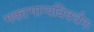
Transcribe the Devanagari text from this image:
भक्‍तभाग्यविवर्धनः